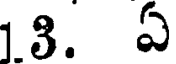
18. ఏ